Scientific memoirs by medical officers of the Army of India - Part XII,
Year: 1901
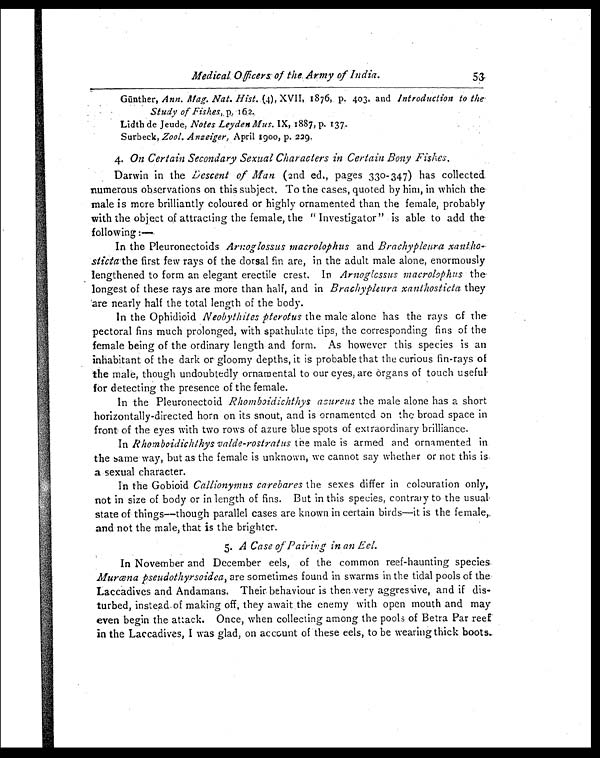
Medical Officers of the Army of India.
53
Günther, Ann. Mag. Nat. Hist. (4) , XVII , 1876, p. 403. and Introduction to the
Study of Fishes, p. 162.
Lidth de Jeude, Notes Leyden Mus. IX, 1887, p. 137.
Surbeck, Zool. Anzeiger, April 1900, p. 229.
4. On Certain Secondary Sexual Characters in Certain Bony Fishes.
Darwin in the Descent of Man (2nd ed., pages 330-347) has collected.
numerous observations on this subject. To the cases, quoted by him, in which the
male is more brilliantly coloured or highly ornamented than the female, probably
with the object of attracting the female, the " Investigator" is able to add the
following :—
In the Pleuronectoids Arnoglossus macrolophus and Brachypleura xantho-
sticta the first few rays of the dorsal fin are, in the adult male alone, enormously
lengthened to form an elegant erectile crest. In Arnoglossus macrolophus the
longest of these rays are more than half, and in Brachypleura xanthosticta they
are nearly half the total length of the body.
In the Ophidioid Neobythites pterotus the male alone has the rays of the
pectoral fins much prolonged, with spathulate tips, the corresponding fins of the
female being of the ordinary length and form. As however this species is an
inhabitant of the dark or gloomy depths, it is probable that the curious fin-rays of
the male, though undoubtedly ornamental to our eyes, are òrgans of touch useful
for detecting the presence of the female.
In the Pleuronectoid Rhomboidichthys asureus the male alone has a short
horizontally-directed horn on its snout, and is ornamented on the broad space in
front of the eyes with two rows of azure blue spots of extraordinary brilliance.
In Rhomboidichthys valde-rostratus the male is armed and ornamented in
the same way, but as the female is unknown, we cannot say whether or not this is
a sexual character.
In the Gobioid Callionymus carebares the sexes differ in colouration only,
not in size of body or in length of fins. But in this species, contrary to the usual
state of things—though parallel cases are known in certain birds—it is the female,
and not the male, that is the brighter.
5. A Case of Pairing in an Eel.
In November and December eels, of the common reef-haunting species
M urœna pseudothyrsoidea, are sometimes found in swarms in the tidal pools of the
Laccadives and Andamans. Their behaviour is then very aggressive, and if dis-
turbed, instead of making off, they await the enemy with open mouth and may
even begin the attack. Once, when collecting among the pools of Betra Par reef
in the Laccadives, I was glad, on account of these eels, to be wearing thick boots.